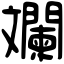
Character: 斕